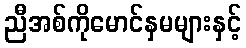
ညီအစ်ကိုမောင်နှမများနှင့်